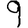
Digit: 9